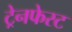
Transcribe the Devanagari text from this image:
ट्रेनफेस्ट